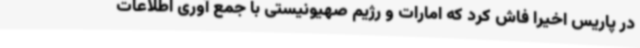
در پاریس اخیرا فاش کرد که امارات و رژیم صهیونیستی با جمع آوری اطلاعات